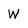
Character: W